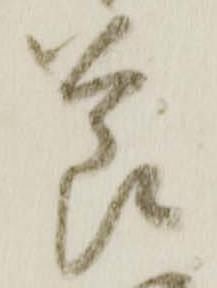
節